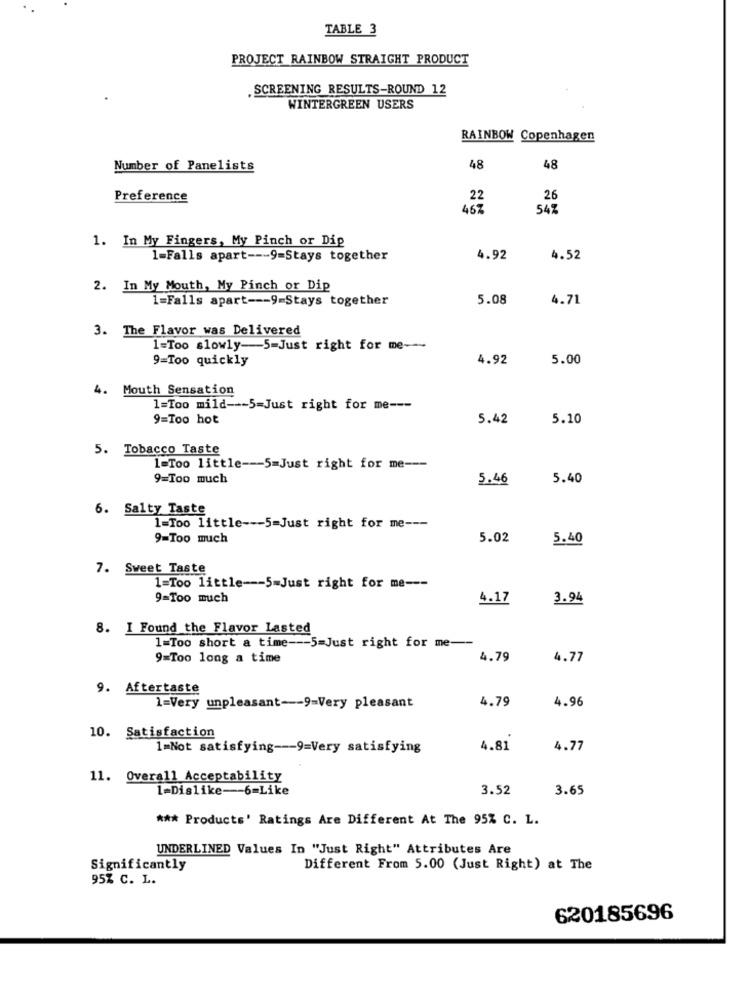
TABLE 3
PROJECT RAINBOW STRAIGHT PRODUCT
.SCREENING RESULTS-ROUND 12
WINTERGREEN USERS
RAINBOW Copenhagen
Number of Panelists
48
48
Preference
22
26
467
54%
1. In My Fingers, My Pinch or Dip
1-Falls apart --- 9=Stays together
4.92
4.52
2. In My Mouth, My Pinch or Dip
1=Falls apart --- 9=Stays together
5.08
4.71
3. The Flavor was Delivered
1=Too slowly-5-Just right for me-
9=Too quickly
4.92
5.00
4. Mouth Sensation
1=Too mild --- 5=Just right for me ---
9=Too hot
5.42
5.10
5. Tobacco Taste
1-Too little -- 5=Just right for me ---
9-Too much
5.46
5.40
6. Salty Taste
1=Too little --- 5-Just right for me ---
9=Too much
5.02
5.40
7. Sweet Taste
1=Too little -- 5-Just right for me ---
9=Too much
4.17
3.94
8. I Found the Flavor Lasted
1=Too short a time --- 5=Just right for me --
9=Too long a time
4.79
4.77
9. Aftertaste
4.79
1=Very unpleasant -- 9=Very pleasant
4.96
10. Satisfaction
1=Not satisfying --- 9=Very satisfying
4.81
4.77
11. Overall Acceptability
1=Dislike-6=Like
3.52
3.65
*** Products' Ratings Are Different At The 95% C. L.
UNDERLINED Values In "Just Right" Attributes Are
Significantly
Different From 5.00 (Just Right) at The
95% C. L.
620185696